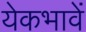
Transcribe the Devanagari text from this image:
येकभावें